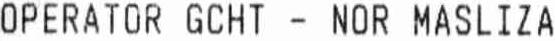
OPERATOR GCHT - NOR MASLIZA